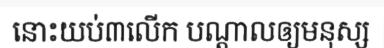
នោះយប់៣លើក បណ្តាលឲ្យមនុស្ស